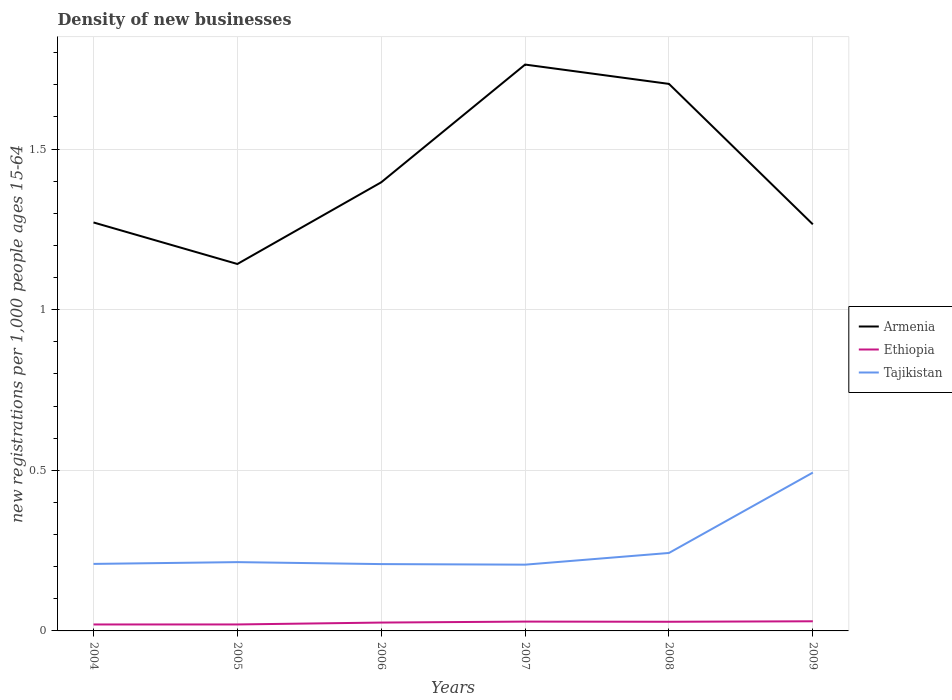
| Years | Armenia | Ethiopia | Tajikistan |
 | --- | --- | --- | --- |
 | 2004 | 1.27 | 0.0201 | 0.209 |
 | 2005 | 1.14 | 0.0202 | 0.214 |
 | 2006 | 1.4 | 0.026 | 0.208 |
 | 2007 | 1.76 | 0.029 | 0.206 |
 | 2008 | 1.7 | 0.0285 | 0.243 |
 | 2009 | 1.27 | 0.03 | 0.493 |